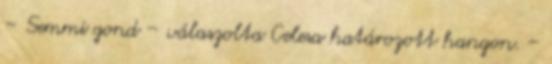
– Semmi gond – válaszolta Celesa határozott hangon. –